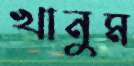
খানুম